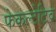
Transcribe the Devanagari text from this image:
फेकल्टेटिव